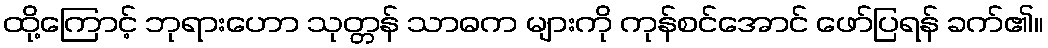
ထို့ကြောင့် ဘုရားဟော သုတ္တန် သာဓက များကို ကုန်စင်အောင် ဖော်ပြရန် ခက်၏။